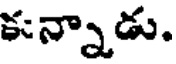
కన్నాడు.